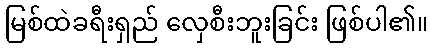
မြစ်ထဲခရီးရှည် လှေစီးဘူးခြင်း ဖြစ်ပါ၏။